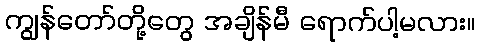
ကျွန်တော်တို့တွေ အချိန်မီ ရောက်ပါ့မလား။